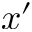
x ^ { \prime }